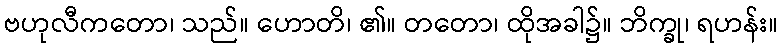
ဗဟုလီကတော၊ သည်။ ဟောတိ၊ ၏။ တတော၊ ထိုအခါ၌။ ဘိက္ခု၊ ရဟန်း။